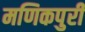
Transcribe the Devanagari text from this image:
मणिकपुरी